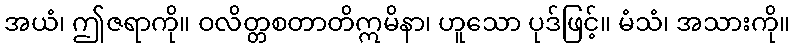
အယံ၊ ဤဇရာကို။ ဝလိတ္တစတာတိဣမိနာ၊ ဟူသော ပုဒ်ဖြင့်။ မံသံ၊ အသားကို။